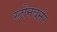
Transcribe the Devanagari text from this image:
स्टोनबर्नर